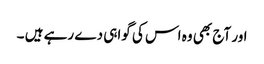
اور آج بھی وہ اس کی گواہی دے رہے ہیں ۔